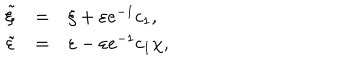
\begin{array} { r c l } { { \tilde { \xi } } } & { { = } } & { { \xi + \varepsilon e ^ { - 1 } c _ { 1 } , } } \\ { { \tilde { \varepsilon } } } & { { = } } & { { \varepsilon - \varepsilon e ^ { - 1 } c _ { 1 } \chi , } } \\ \end{array}